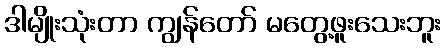
ဒါမျိုးသုံးတာ ကျွန်တော် မတွေ့ဖူးသေးဘူး